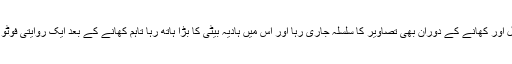
کھانے سے قبل اور کھانے کے دوران بھی تصاویر کا سلسلہ جاری رہا اور اس میں ہادیہ بیٹی کا بڑا ہاتھ رہا تاہم کھانے کے بعد ایک روایتی فوٹو سیشن بھی ہوا۔